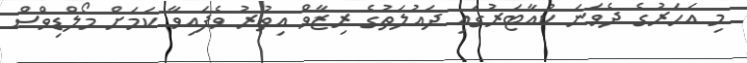
މި އަހަރުގެ ދެވަނަ ކުއާޓަރުގައި ދައުލަތުގެ ރިޒާވް އިތުރު ވެފައިވާ ކަމަށް މޯލްޑިވްސް